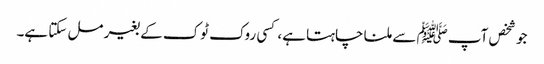
جو شخص آپ ﷺ سے ملنا چاہتا ہے، کسی روک ٹوک کے بغیر مل سکتا ہے۔